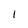
Character: 1